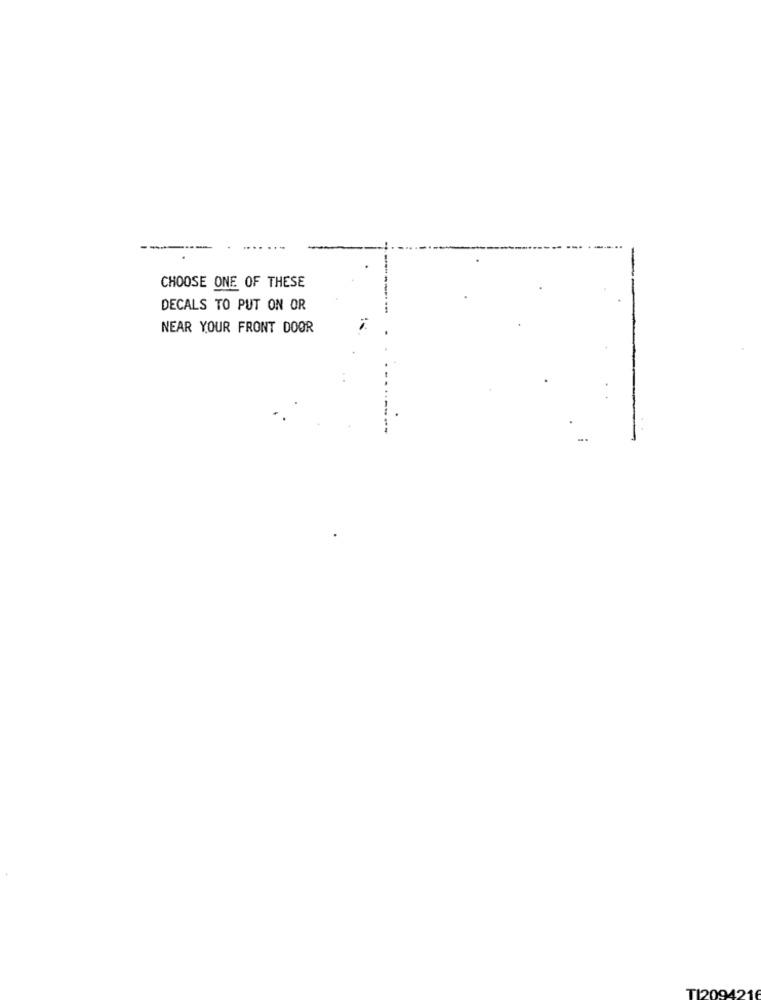
--
....
CHOOSE ONE OF THESE
DECALS TO PUT ON OR
NEAR YOUR FRONT DOOR
TI20942